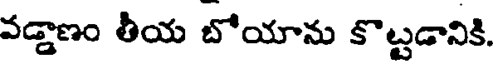
వడ్డాణం తీయ బోయాను కొట్టడానికి.